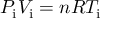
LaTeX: P _ { \mathrm { i } } V _ { \mathrm { i } } = n R T _ { \mathrm { i } }